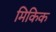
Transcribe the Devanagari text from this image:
मिकिक